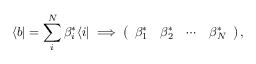
\langle b | = \sum _ { i } ^ { N } \beta _ { i } ^ { * } \langle i | \implies \left( \begin{array} { l l l l } { \beta _ { 1 } ^ { * } } & { \beta _ { 2 } ^ { * } } & { \cdots } & { \beta _ { N } ^ { * } } \end{array} \right) ,